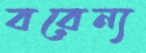
বরেন্য